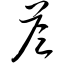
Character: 答